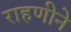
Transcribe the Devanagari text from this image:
राहणीने